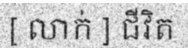
[ លាក់ ] ជីវិត